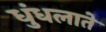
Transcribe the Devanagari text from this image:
धुंधलाते